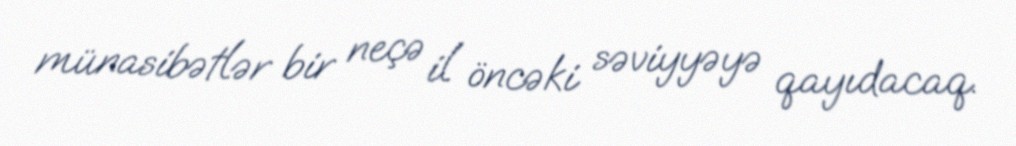
münasibətlər bir neçə il öncəki səviyyəyə qayıdacaq.